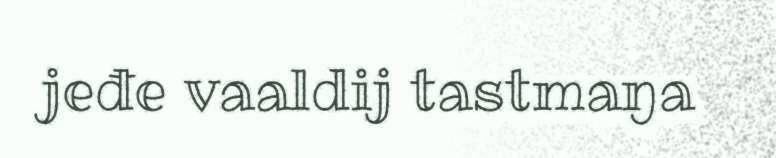
jeđe vaaldij tastmaŋa